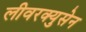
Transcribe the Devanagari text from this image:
लीवरक्युसेन